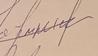
Signature authenticity: forged